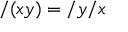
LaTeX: / ( x y ) = / y / x